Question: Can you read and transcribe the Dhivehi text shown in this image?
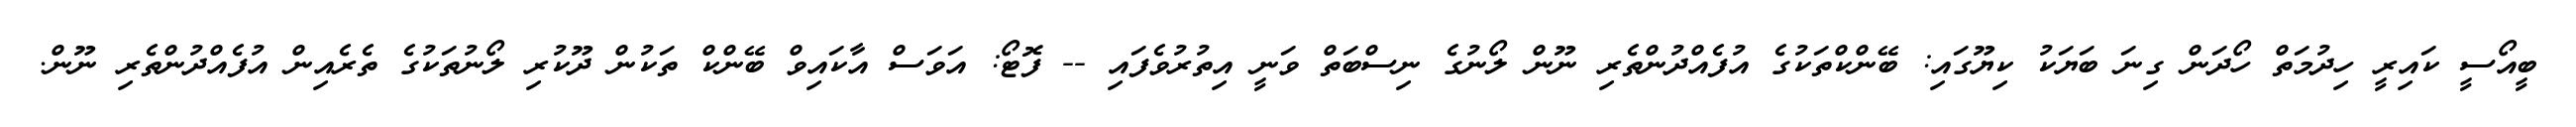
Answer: ބީއޯސީ ކައިރީ ހިދުމަތް ހޯދަން ގިނަ ބަޔަކު ކިޔޫގައި: ބޭންކްތަކުގެ އުފެއްދުންތެރި ނޫން ލޯނުގެ ނިސްބަތް ވަނީ އިތުރުވެފައި -- ފޮޓޯ: އަވަސް އާކައިވް ބޭންކް ތަކުން ދޫކުރި ލޯނުތަކުގެ ތެރެއިން އުފެއްދުންތެރި ނޫން.